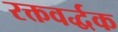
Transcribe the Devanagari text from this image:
रक्तवर्द्धक